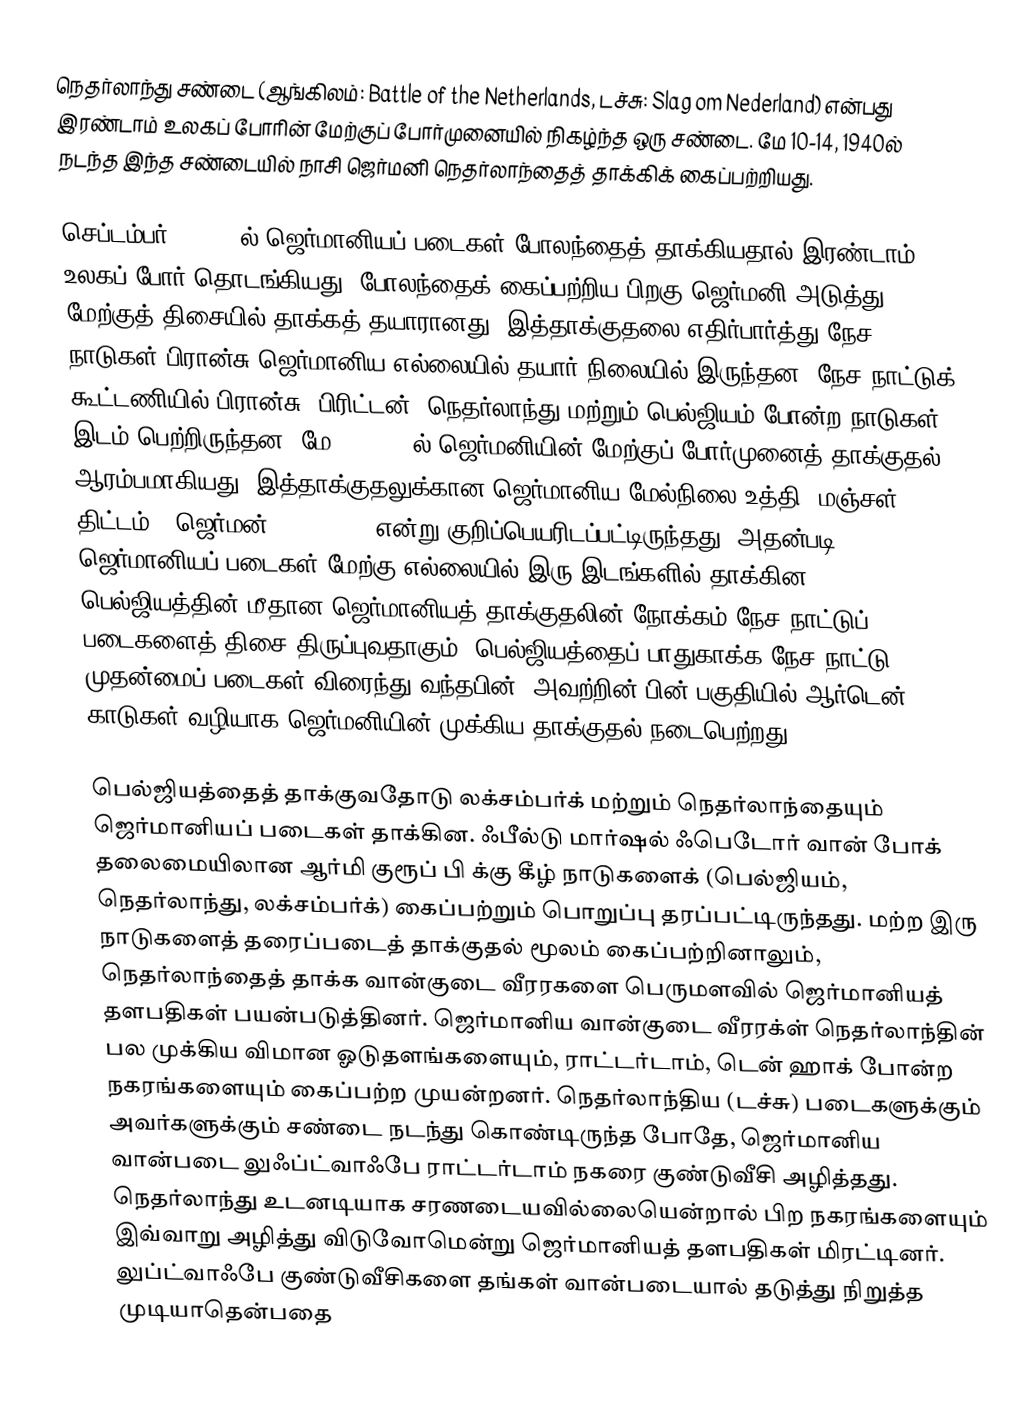
நெதர்லாந்து சண்டை (ஆங்கிலம்: Battle of the Netherlands, டச்சு: Slag om Nederland) என்பது இரண்டாம் உலகப் போரின் மேற்குப் போர்முனையில் நிகழ்ந்த ஒரு சண்டை. மே 10-14, 1940ல் நடந்த இந்த சண்டையில் நாசி ஜெர்மனி நெதர்லாந்தைத் தாக்கிக் கைப்பற்றியது.

செப்டம்பர் 1, 1939ல் ஜெர்மானியப் படைகள் போலந்தைத் தாக்கியதால் இரண்டாம் உலகப் போர் தொடங்கியது. போலந்தைக் கைப்பற்றிய பிறகு ஜெர்மனி அடுத்து மேற்குத் திசையில் தாக்கத் தயாரானது. இத்தாக்குதலை எதிர்பார்த்து நேச நாடுகள் பிரான்சு-ஜெர்மானிய எல்லையில் தயார் நிலையில் இருந்தன. நேச நாட்டுக் கூட்டணியில் பிரான்சு, பிரிட்டன், நெதர்லாந்து மற்றும் பெல்ஜியம் போன்ற நாடுகள் இடம் பெற்றிருந்தன. மே 10, 1940ல் ஜெர்மனியின் மேற்குப் போர்முனைத் தாக்குதல் ஆரம்பமாகியது. இத்தாக்குதலுக்கான ஜெர்மானிய மேல்நிலை உத்தி ”மஞ்சள் திட்டம்” (ஜெர்மன்:Fall Gelb) என்று குறிப்பெயரிடப்பட்டிருந்தது. அதன்படி ஜெர்மானியப் படைகள் மேற்கு எல்லையில் இரு இடங்களில் தாக்கின. பெல்ஜியத்தின் மீதான ஜெர்மானியத் தாக்குதலின் நோக்கம் நேச நாட்டுப் படைகளைத் திசை திருப்புவதாகும். பெல்ஜியத்தைப் பாதுகாக்க நேச நாட்டு முதன்மைப் படைகள் விரைந்து வந்தபின், அவற்றின் பின் பகுதியில் ஆர்டென் காடுகள் வழியாக ஜெர்மனியின் முக்கிய தாக்குதல் நடைபெற்றது.

பெல்ஜியத்தைத் தாக்குவதோடு லக்சம்பர்க் மற்றும் நெதர்லாந்தையும் ஜெர்மானியப் படைகள் தாக்கின. ஃபீல்டு மார்ஷல் ஃபெடோர் வான் போக் தலைமையிலான ஆர்மி குரூப் பி க்கு கீழ் நாடுகளைக் (பெல்ஜியம், நெதர்லாந்து, லக்சம்பர்க்) கைப்பற்றும் பொறுப்பு தரப்பட்டிருந்தது. மற்ற இரு நாடுகளைத் தரைப்படைத் தாக்குதல் மூலம் கைப்பற்றினாலும், நெதர்லாந்தைத் தாக்க வான்குடை வீரரகளை பெருமளவில் ஜெர்மானியத் தளபதிகள் பயன்படுத்தினர். ஜெர்மானிய வான்குடை வீரரக்ள் நெதர்லாந்தின் பல முக்கிய விமான ஓடுதளங்களையும், ராட்டர்டாம், டென் ஹாக் போன்ற நகரங்களையும் கைப்பற்ற முயன்றனர். நெதர்லாந்திய (டச்சு) படைகளுக்கும் அவர்களுக்கும் சண்டை நடந்து கொண்டிருந்த போதே, ஜெர்மானிய வான்படை லுஃப்ட்வாஃபே ராட்டர்டாம் நகரை குண்டுவீசி அழித்தது. நெதர்லாந்து உடனடியாக சரணடையவில்லையென்றால் பிற நகரங்களையும் இவ்வாறு அழித்து விடுவோமென்று ஜெர்மானியத் தளபதிகள் மிரட்டினர். லுப்ட்வாஃபே குண்டுவீசிகளை தங்கள் வான்படையால் தடுத்து நிறுத்த முடியாதென்பதை